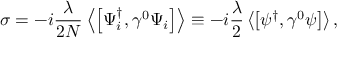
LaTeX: \sigma = - i { \frac { \lambda } { 2 N } } \left\langle \left[ \Psi _ { i } ^ { \dag } , { \gamma } ^ { 0 } \Psi _ { i } \right] \right\rangle \equiv - i { \frac { \lambda } { 2 } } \left\langle \left[ \psi ^ { \dag } , { \gamma } ^ { 0 } \psi \right] \right\rangle ,